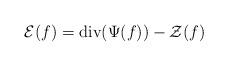
LaTeX: \begin{align*}\mathcal{E}(f) = \mathrm{div}( \Psi (f) ) - \mathcal{Z}(f)\end{align*}